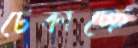
টেকাচ্ছে